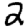
Digit: 2